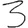
Digit: 3